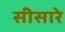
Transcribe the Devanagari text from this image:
सीसारे